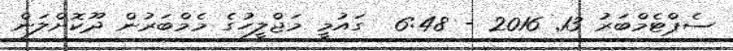
ސެޕްޓެމްބަރު 13